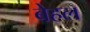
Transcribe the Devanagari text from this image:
बेहल